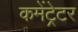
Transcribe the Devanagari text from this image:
कमेंट्रेटर